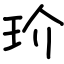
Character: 玠